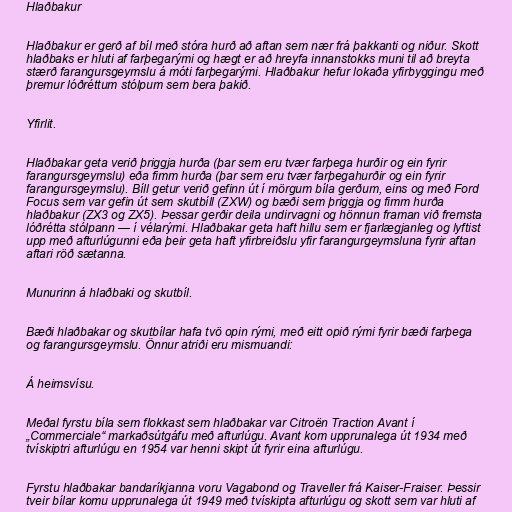
Hlaðbakur

Hlaðbakur er gerð af bíl með stóra hurð að aftan sem nær frá þakkanti og niður. Skott
hlaðbaks er hluti af farþegarými og hægt er að hreyfa innanstokks muni til að breyta
stærð farangursgeymslu á móti farþegarými. Hlaðbakur hefur lokaða yfirbyggingu með
þremur lóðréttum stólpum sem bera þakið.

Yfirlit.

Hlaðbakar geta verið þriggja hurða (þar sem eru tvær farþega hurðir og ein fyrir
farangursgeymslu) eða fimm hurða (þar sem eru tvær farþegahurðir og ein fyrir
farangursgeymslu). Bíll getur verið gefinn út í mörgum bíla gerðum, eins og með Ford
Focus sem var gefin út sem skutbíll (ZXW) og bæði sem þriggja og fimm hurða
hlaðbakur (ZX3 og ZX5). Þessar gerðir deila undirvagni og hönnun framan við fremsta
lóðrétta stólpann — í vélarými. Hlaðbakar geta haft hillu sem er fjarlægjanleg og lyftist
upp með afturlúgunni eða þeir geta haft yfirbreiðslu yfir farangurgeymsluna fyrir aftan
aftari röð sætanna.

Munurinn á hlaðbaki og skutbíl.

Bæði hlaðbakar og skutbílar hafa tvö opin rými, með eitt opið rými fyrir bæði farþega
og farangursgeymslu. Önnur atriði eru mismuandi:

Á heimsvísu.

Meðal fyrstu bíla sem flokkast sem hlaðbakar var Citroën Traction Avant í
„Commerciale“ markaðsútgáfu með afturlúgu. Avant kom upprunalega út 1934 með
tvískiptri afturlúgu en 1954 var henni skipt út fyrir eina afturlúgu.

Fyrstu hlaðbakar bandaríkjanna voru Vagabond og Traveller frá Kaiser-Fraiser. Þessir
tveir bílar komu upprunalega út 1949 með tvískipta afturlúgu og skott sem var hluti af